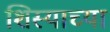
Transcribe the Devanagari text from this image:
शिस्याच्या